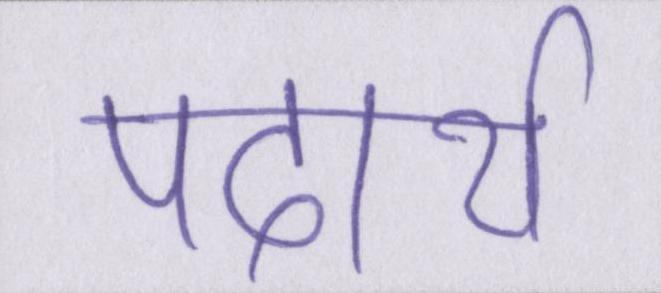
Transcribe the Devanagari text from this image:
पदार्थ